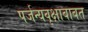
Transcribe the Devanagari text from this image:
पर्जन्यवृक्षाबाबत